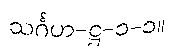
သင်္ဂဟ-ဋ္ဌ-၁-၁။